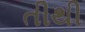
તીથી